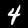
Label: 4